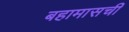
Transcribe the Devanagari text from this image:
बहामासची